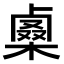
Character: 𠨇